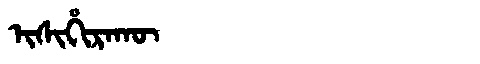
Manchu: ᡳᠰᡳᡥᡳᡵᠠᡴᡡ
Romanization: ISIHIRAKŪ